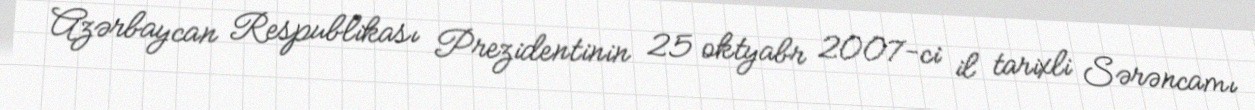
Azərbaycan Respublikası Prezidentinin 25 oktyabr 2007-ci il tarixli Sərəncamı